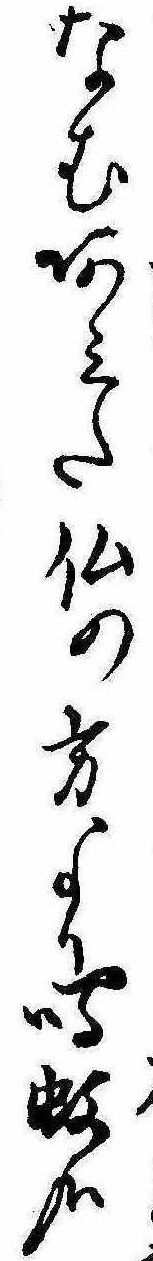
なむあみた仏の方より鳴蚊哉